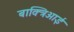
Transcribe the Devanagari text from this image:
बाक्त्रिआई